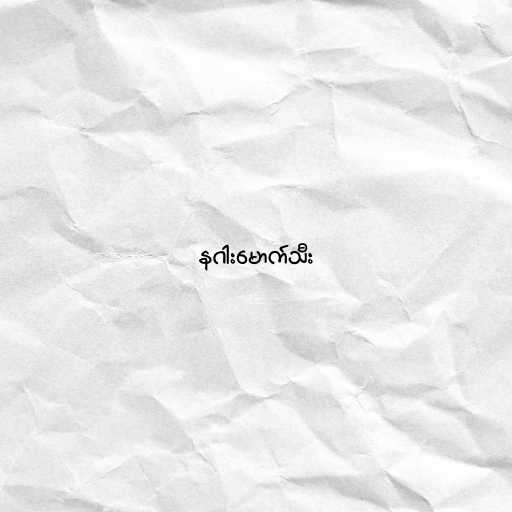
နဂါးမောက်သီး